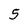
Character: 5